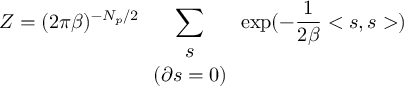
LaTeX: Z = ( 2 \pi \beta ) ^ { - N _ { p } / 2 } \sum _ { \begin{array} { c } { { s } } \\ { { \left( \partial s = 0 \right) } } \end{array} } \exp ( - \frac { 1 } { 2 \beta } < s , s > )